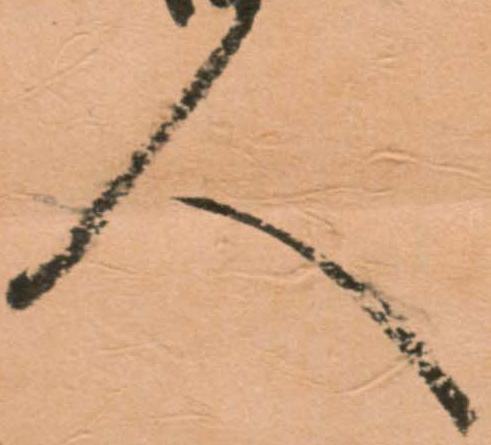
人